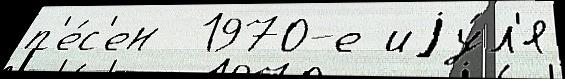
п'е́с'ен  1970-е иjу́л'я